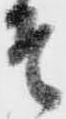
そ